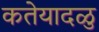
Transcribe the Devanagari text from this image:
कतेयादळु